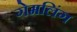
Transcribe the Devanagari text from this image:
गेमलिंग